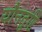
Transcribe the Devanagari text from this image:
यौनतुष्टि